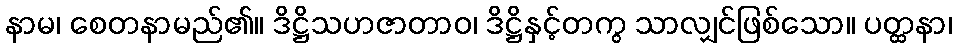
နာမ၊ စေတနာမည်၏။ ဒိဋ္ဌိသဟဇာတာဝ၊ ဒိဋ္ဌိနှင့်တကွ သာလျှင်ဖြစ်သော။ ပတ္ထနာ၊